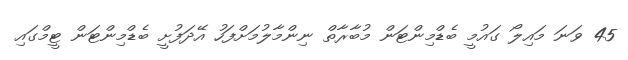
45 ވަނަ މައިލޯ ގައުމީ ބެޑްމިންޓަން މުބާރާތް ނިންމާލުމަށްފަހު އޭދަފުށީ ބެޑްމިންޓަން ޓީމްގައި